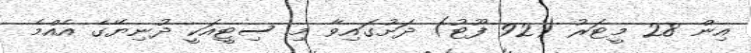
އިން 28 މީޓަރު (92 ފޫޓު) ދަށުގައިވާ މި ސިޓީއަކީ ދުނިޔޭގެ އެއްމެ